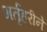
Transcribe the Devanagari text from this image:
भर्तृहरीने